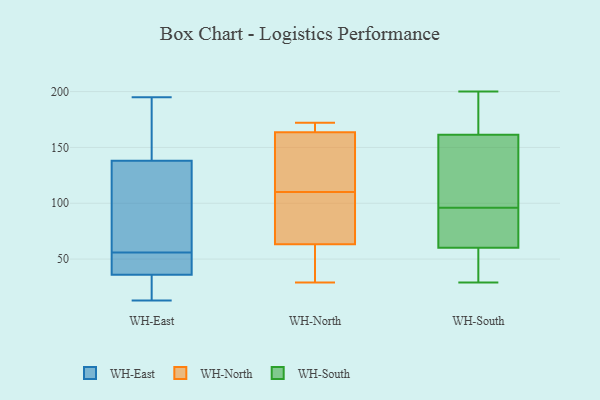
{"axis": {"x": "Tickets Resolved", "y": "Value"}, "legend": ["WH-East", "WH-North", "WH-South"], "data": [{"x": "", "y": 109, "type": "WH-East"}, {"x": "", "y": 153, "type": "WH-East"}, {"x": "", "y": 39, "type": "WH-East"}, {"x": "", "y": 42, "type": "WH-East"}, {"x": "", "y": 177, "type": "WH-East"}, {"x": "", "y": 120, "type": "WH-East"}, {"x": "", "y": 195, "type": "WH-East"}, {"x": "", "y": 144, "type": "WH-East"}, {"x": "", "y": 22, "type": "WH-East"}, {"x": "", "y": 79, "type": "WH-East"}, {"x": "", "y": 13, "type": "WH-East"}, {"x": "", "y": 56, "type": "WH-East"}, {"x": "", "y": 35, "type": "WH-East"}, {"x": "", "y": 46, "type": "WH-East"}, {"x": "", "y": 21, "type": "WH-East"}, {"x": "", "y": 110, "type": "WH-North"}, {"x": "", "y": 137, "type": "WH-North"}, {"x": "", "y": 59, "type": "WH-North"}, {"x": "", "y": 64, "type": "WH-North"}, {"x": "", "y": 170, "type": "WH-North"}, {"x": "", "y": 163, "type": "WH-North"}, {"x": "", "y": 172, "type": "WH-North"}, {"x": "", "y": 61, "type": "WH-North"}, {"x": "", "y": 171, "type": "WH-North"}, {"x": "", "y": 74, "type": "WH-North"}, {"x": "", "y": 29, "type": "WH-North"}, {"x": "", "y": 35, "type": "WH-North"}, {"x": "", "y": 135, "type": "WH-North"}, {"x": "", "y": 68, "type": "WH-North"}, {"x": "", "y": 88, "type": "WH-North"}, {"x": "", "y": 127, "type": "WH-North"}, {"x": "", "y": 165, "type": "WH-North"}, {"x": "", "y": 165, "type": "WH-South"}, {"x": "", "y": 160, "type": "WH-South"}, {"x": "", "y": 46, "type": "WH-South"}, {"x": "", "y": 93, "type": "WH-South"}, {"x": "", "y": 96, "type": "WH-South"}, {"x": "", "y": 196, "type": "WH-South"}, {"x": "", "y": 68, "type": "WH-South"}, {"x": "", "y": 55, "type": "WH-South"}, {"x": "", "y": 132, "type": "WH-South"}, {"x": "", "y": 29, "type": "WH-South"}, {"x": "", "y": 125, "type": "WH-South"}, {"x": "", "y": 200, "type": "WH-South"}, {"x": "", "y": 62, "type": "WH-South"}]}